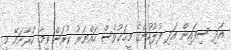
އަދި ސިފައިން އަދި ފުލުހުންގެ މީހަކުވެސް ހައްޔަރު ކުރަން ވީމާ ކުރާނަމޭ މީ